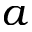
a